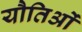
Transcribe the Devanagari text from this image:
यौतिओं